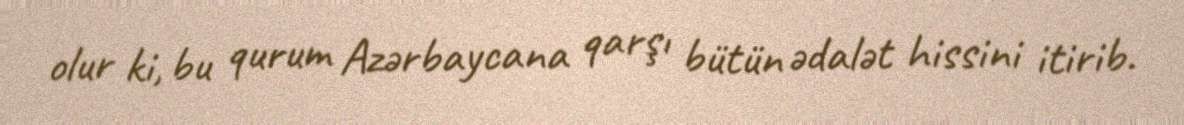
olur ki, bu qurum Azərbaycana qarşı bütün ədalət hissini itirib.